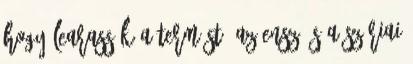
hogy learassák a termést. Az ENSZ és a szíriai